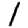
Digit: 1